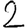
Digit: 2